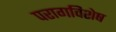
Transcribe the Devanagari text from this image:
परागविशेष